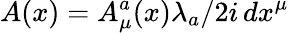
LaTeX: A(x)=A_{\mu}^{a}(x)\lambda_{a}/2i\, dx^{\mu}